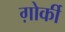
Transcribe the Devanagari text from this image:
ग़ोर्की